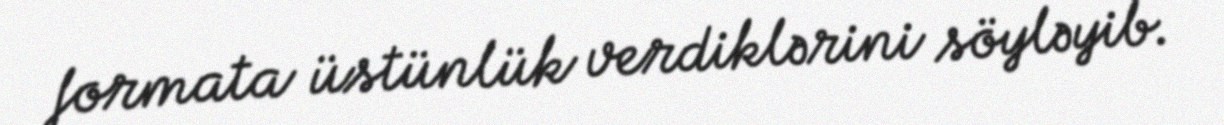
formata üstünlük verdiklərini söyləyib.